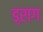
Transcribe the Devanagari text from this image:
ड्राग